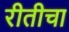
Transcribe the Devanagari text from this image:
रीतीचा